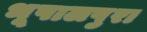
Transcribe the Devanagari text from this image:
भूपालपुरा